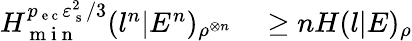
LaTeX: \begin{array}{rl}{H_{\mathrm{~m~i~n~}}^{p_{\mathrm{~e~c~}}\varepsilon_{\mathrm{~s~}}^{2}/3}(l^{n}|E^{n})_{\rho^{\otimes n}}}&{{}\geq nH(l|E)_{\rho}}\end{array}